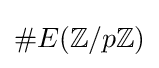
\#E(\mathbb {Z} /p\mathbb {Z} )